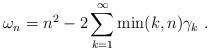
LaTeX: \begin{align*}\omega_n =n^2-2\sum_{k=1}^\infty \min(k,n)\gamma_k\ .\end{align*}